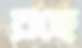
রছে